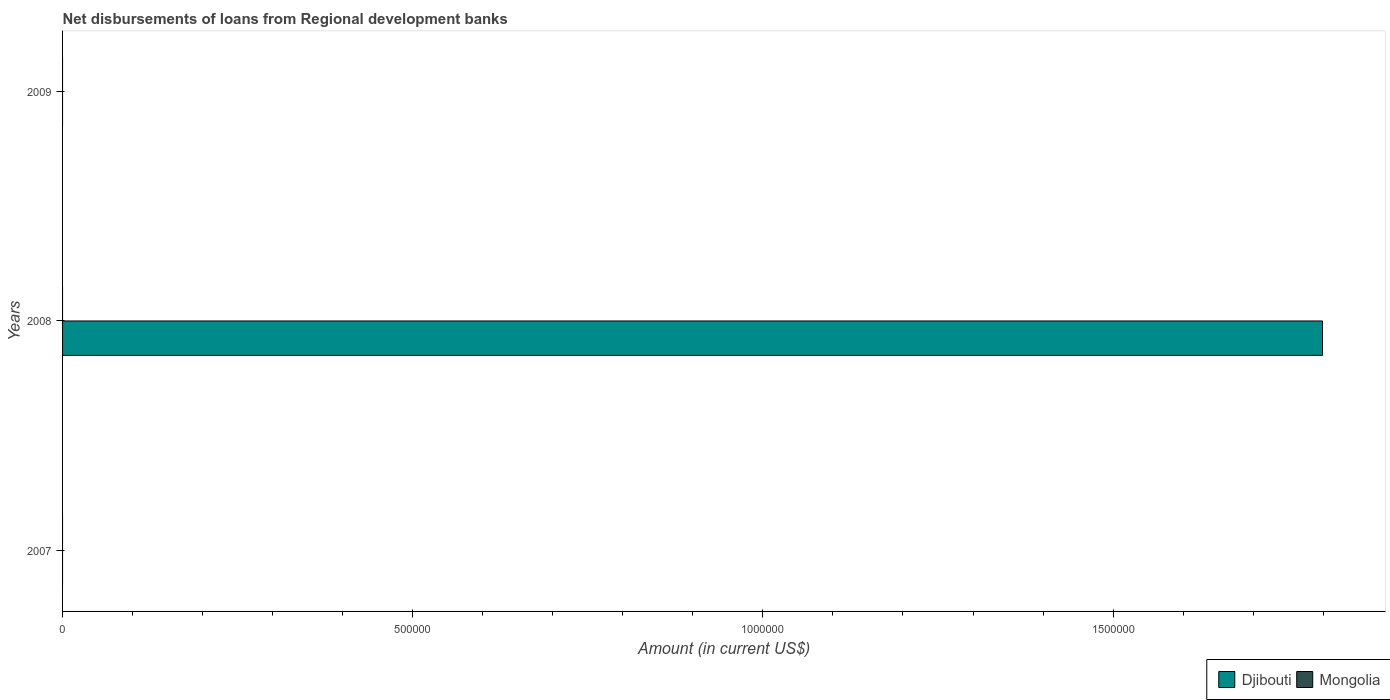
| Years | Djibouti | Mongolia |
 | --- | --- | --- |
 | 2007 | -2.78e+06 | -6.58e+06 |
 | 2008 | 1.8e+06 | -5.04e+06 |
 | 2009 | -1.93e+06 | -6.51e+06 |